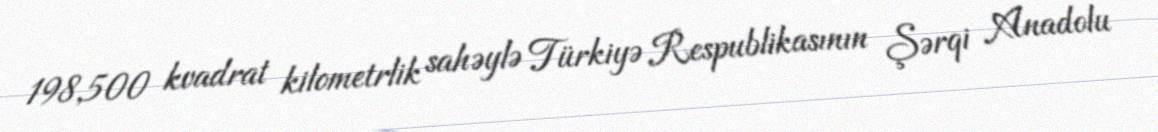
198,500 kvadrat kilometrlik sahəylə Türkiyə Respublikasının Şərqi Anadolu